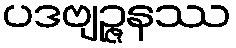
ပဒဗျဉ္ဇနဿ